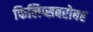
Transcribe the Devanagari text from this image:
फिलिप्सबरोबर